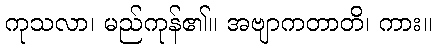
ကုသလာ၊ မည်ကုန်၏။ အဗျာကတာတိ၊ ကား။